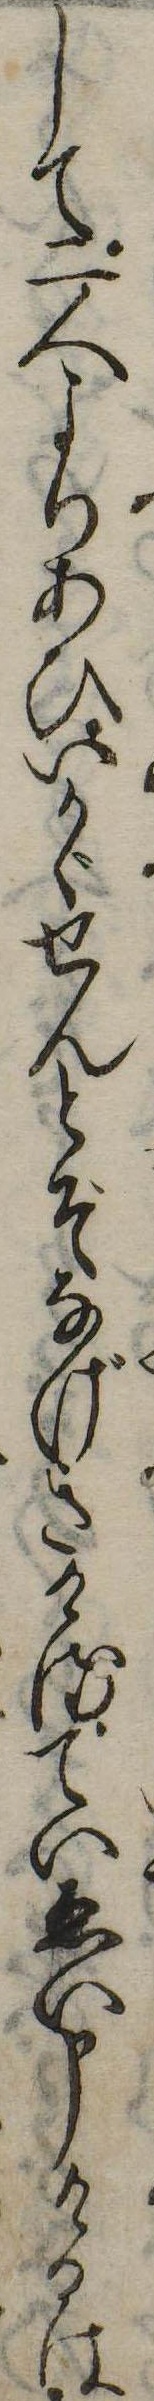
して二人よりあひいかゞせんとぞなげきけるていゑい申けるは